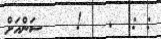
: :